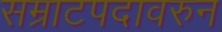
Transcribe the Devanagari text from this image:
सम्राटपदावरुन